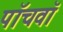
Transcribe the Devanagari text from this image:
पाॅचवाॅ